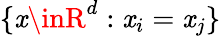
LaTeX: \{ \mathit{x}\inR^{d}:\mathit{x}_{i}=\mathit{x}_{j}\}